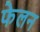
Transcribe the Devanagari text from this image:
फेलन